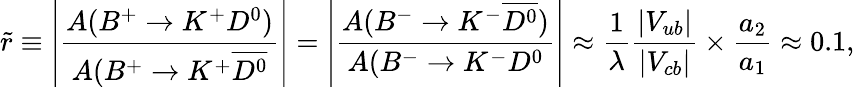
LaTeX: \tilde{r}\equiv\left|\frac{A(B^{+}\to K^{+}D^{0})}{A(B^{+}\to K^{+}\overline{{{D^{0}}}}}\right|=\left|\frac{A(B^{-}\to K^{-}\overline{{{D^{0}}}})}{A(B^{-}\to K^{-}D^{0}}\right|\approx\frac{1}{\lambda}\frac{|V_{ub}|}{|V_{cb}|}\times\frac{a_{2}}{a_{1}}\approx 0.1,